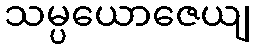
သမ္ပယောဇေယျ